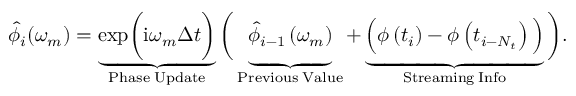
\hat { \phi } _ { i } ( \omega _ { m } ) = \underbrace { \mathrm { e x p } \bigg ( \mathrm { i } \omega _ { m } \Delta t \bigg ) } _ { \mathrm { P h a s e \; U p d a t e } } \bigg ( \underbrace { \vphantom { \mathrm { e x p } \bigg ( \mathrm { i } \omega _ { m } \Delta t \bigg ) } \hat { \phi } _ { i - 1 } \left( \omega _ { m } \right) } _ { \mathrm { P r e v i o u s \; V a l u e } } + \underbrace { \vphantom { \mathrm { e x p } \bigg ( \mathrm { i } \omega _ { m } \Delta t \bigg ) } \Big ( \phi \left( t _ { i } \right) - \phi \left( t _ { i - N _ { t } } \right) \Big ) } _ { \mathrm { S t r e a m i n g \; I n f o } } \bigg ) .